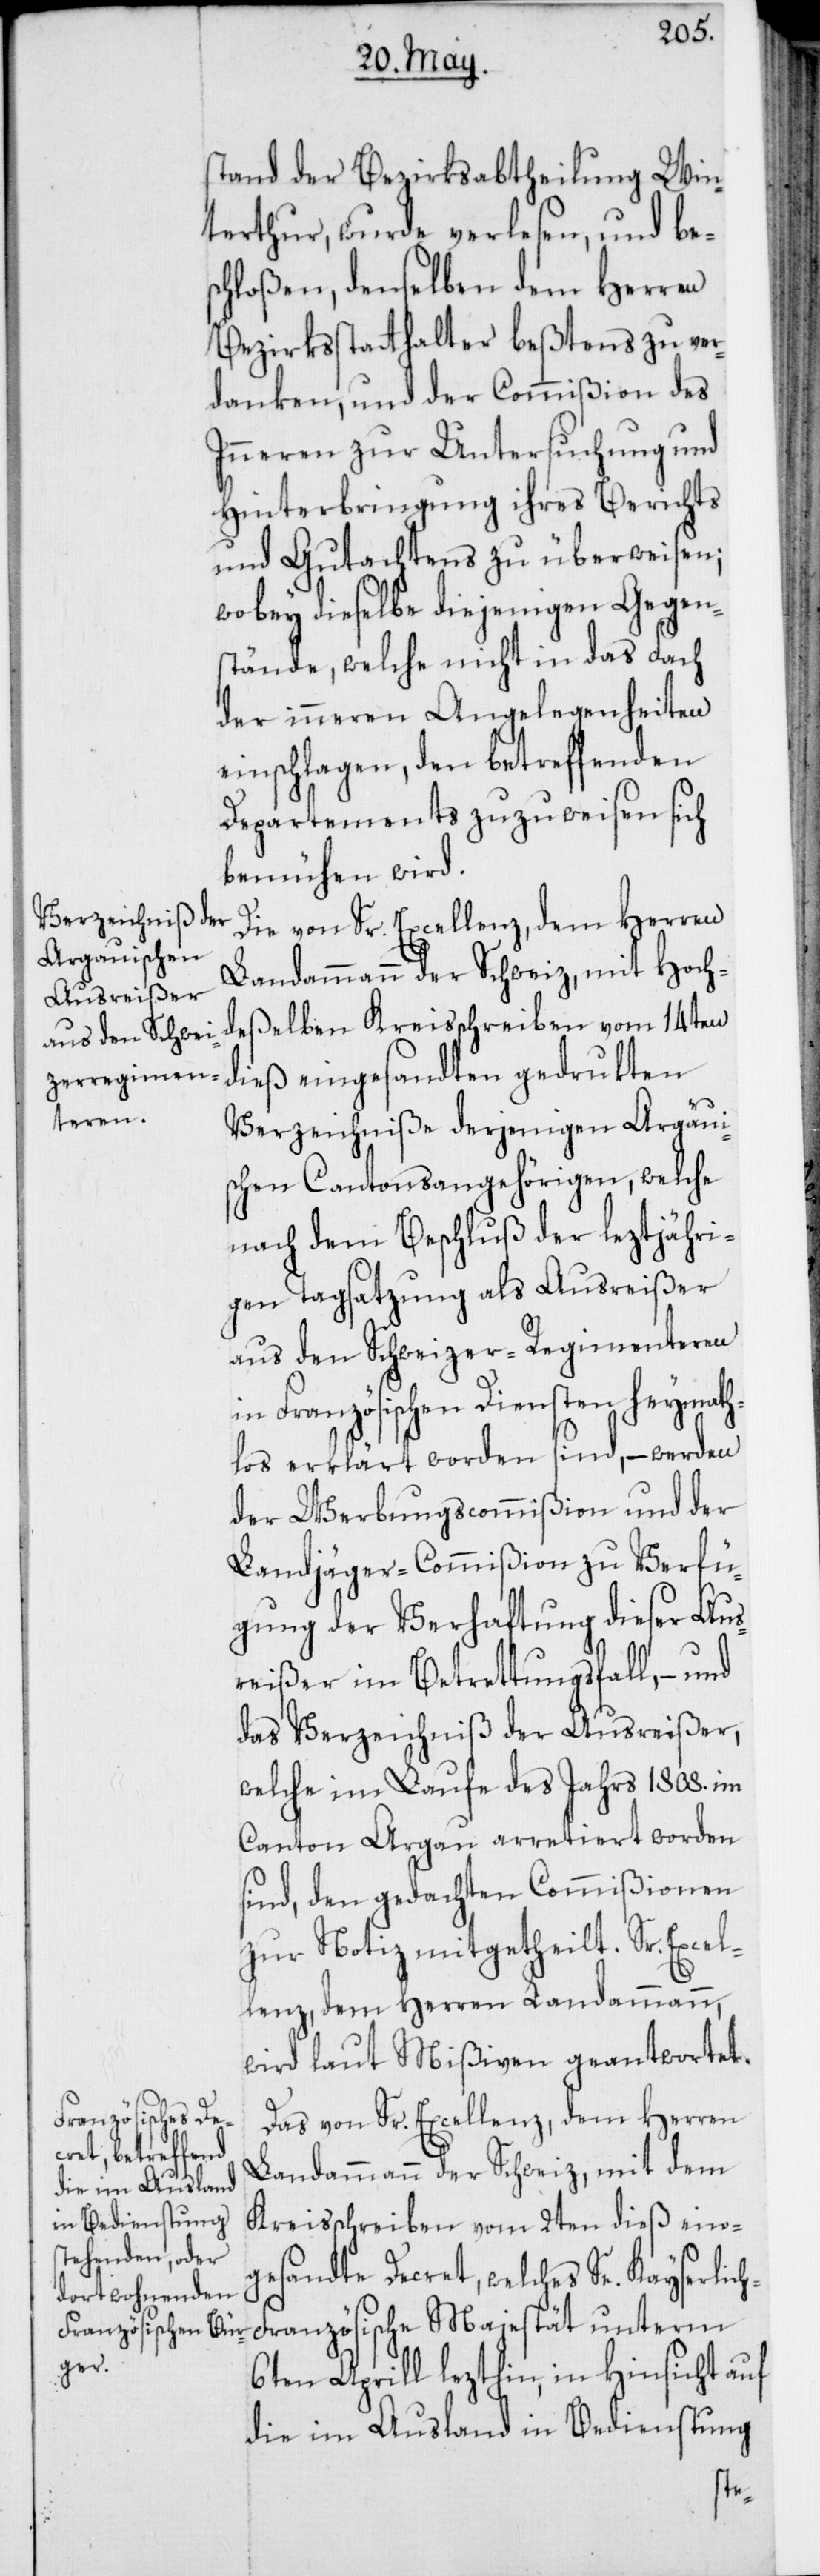
stand der Bezirksabtheilung Win¬
terthur, wurde verlesen, und bes¬
chloßen, denselben dem Herren
Bezirksstatthalter beßtens zu ver¬
danken, und der Commißion des
Inneren zur Untersuchung und
Hinterbringung ihres Berichts
und Gutachtens zu überweisen;
wobey dieselbe diejenigen Gegen¬
stände, welche nicht in das Fach
der inneren Angelegenheiten
einschlagen, den betreffenden
Departements zuzuweisen sich
bemühen wird.
Die von Sr. Excellenz, dem Herren
Landammann der Schweiz, mit Hoch¬
deßelben Kreisschreiben vom 14ten
dieß eingesandte gedrukten
Verzeichniße derjenigen Argaui¬
schen Cantonsangehörigen, welche
nach dem Beschluß der leztjähri¬
gen Tagsatzung als Ausreißer
aus den Schweizer-Regimenteren
in Französischen Diensten heymath¬
los erklärt worden sind, – werden
der Werbungscommißion und der
Landjäger-Commißion zu Verfü¬
gung der Verhaftung dieser Aus¬
reißer im Betrettungsfall, – und
das Verzeichniß der Ausreißer,
welche im Laufe des Jahrs 1808. im
Canton Argau arretiert worden
sind, den gedachten Commißionen
zur Notiz mitgetheilt. Sr. Excel¬
lenz, dem Herren Landammann,
wird laut Mißiven geantwortet.
Das von Sr. Excellenz, dem Herren
Landammann der Schweiz, mit dem
Kreisschreiben vom 2ten dieß ein¬
gesandte Decret, welches Se. Kayserlic¬
ranzösische Majestät unterm
6ten Aprill lezthin, in Hinsicht auf
die im Ausland in Bedienstung
h-F¬